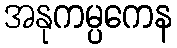
အနုကမ္ပကေန